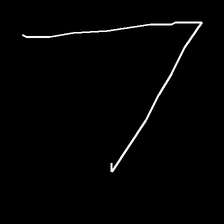
Glyph: region